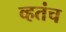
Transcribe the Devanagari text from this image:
व्हतंच